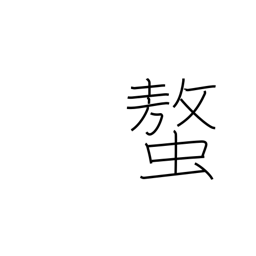
Meaning: claws